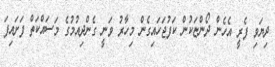
ދިޔަވި ފެރީ އެހެން ދޯންޏަކުން ކަފުޖަހައިގެން މިހާރު ވަނީ ގެންދިއުމުގެ މަސައްކަތް ފަށައިފަ